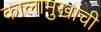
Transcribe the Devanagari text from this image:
कालामुखांची